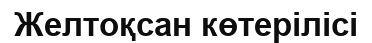
Желтоқсан көтерілісі